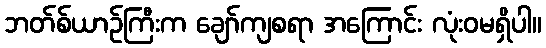
ဘတ်စ်ယာဉ်ကြီးက ချော်ကျစရာ အကြောင်း လုံးဝမရှိပါ။